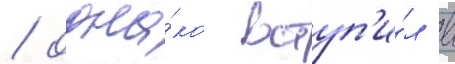
/ одна́ко вступ'и́л в